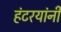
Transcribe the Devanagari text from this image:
हंटरयांनी